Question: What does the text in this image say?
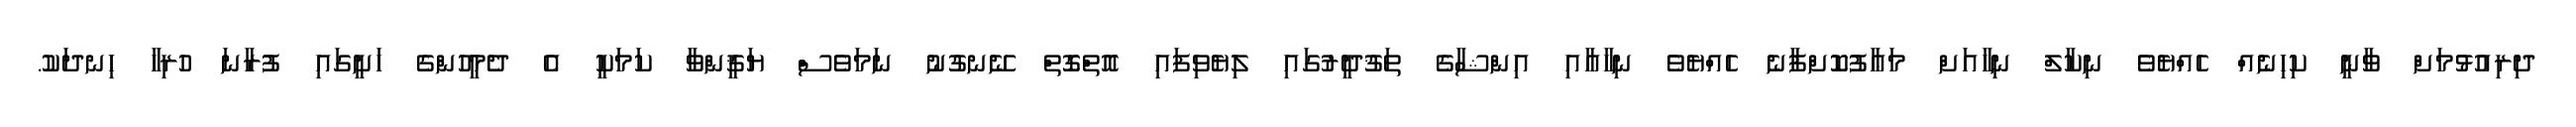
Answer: ދިރިއުޅުމަށް ވާނީ ކިހިނެއް ހެއްޔެވެ ނިކާލް ނިހާއަށް މަޢާފުކޮށްފާނެ ހެއްޔެވެ ނިހާއާއި އިންޝާގެ ތަޤުދީރުގައި ލިޔެވިފައި އޮތްގޮތް ނޭނގުނު ނަމަވެސް ޔަޤީންވާ ކަމަކީ އެ ދެމީހުންގެ ހަށީގައި ފުރާނަ ހުރިހާ ހިނދަކު.